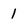
Character: 1